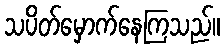
သပိတ်မှောက်နေကြသည်။